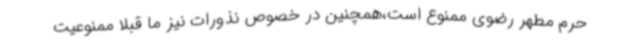
حرم مطهر رضوی ممنوع است،همچنین در خصوص نذورات نیز ما قبلا ممنوعیت